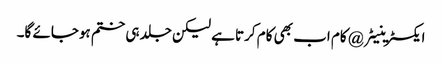
ایکسٹرینیٹر @ کام اب بھی کام کرتا ہے لیکن جلد ہی ختم ہوجائے گا۔